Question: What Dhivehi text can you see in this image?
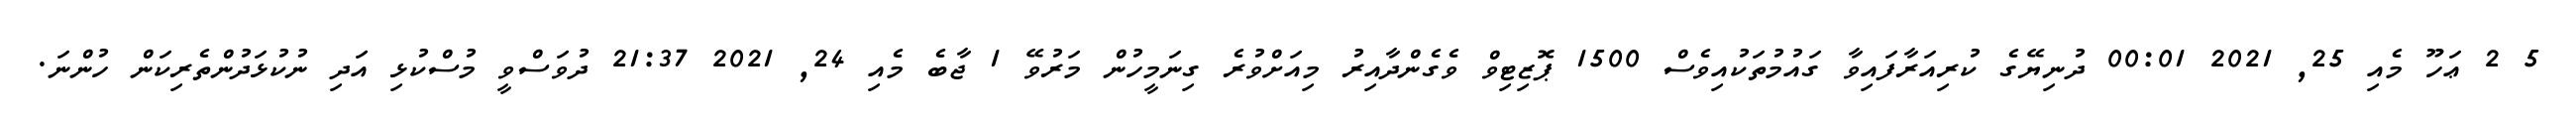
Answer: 5 2 ޢަހޫ މެއި 25, 2021 00:01 ދުނިޔޭގެ ކުރިއަރާފައިވާ ގައުމުތަކުއިވެސް 1500 ޕޮޒިޓިވް ވެގެންދާއިރު މިއަށްވުރެ ގިނަމީހުން މަރުވޭ 1 ޖާބެ މެއި 24, 2021 21:37 ދުވަސްވީ މުސްކުޅި އަދި ނުކުޅަދުންތެރިކަން ހުންނަ.